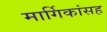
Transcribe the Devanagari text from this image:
मार्गिकांसह